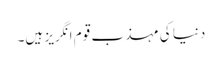
دنیا کی مہذب قوم انگریز ہیں۔